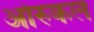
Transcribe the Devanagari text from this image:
ओरुकल